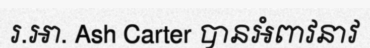
រ.អា. Ash Carter បានអំពាវនាវ